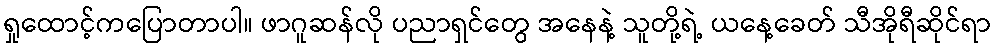
ရှုထောင့်ကပြောတာပါ။ ဖာဂူဆန်လို ပညာရှင်တွေ အနေနဲ့ သူတို့ရဲ့ ယနေ့ခေတ် သီအိုရီဆိုင်ရာ